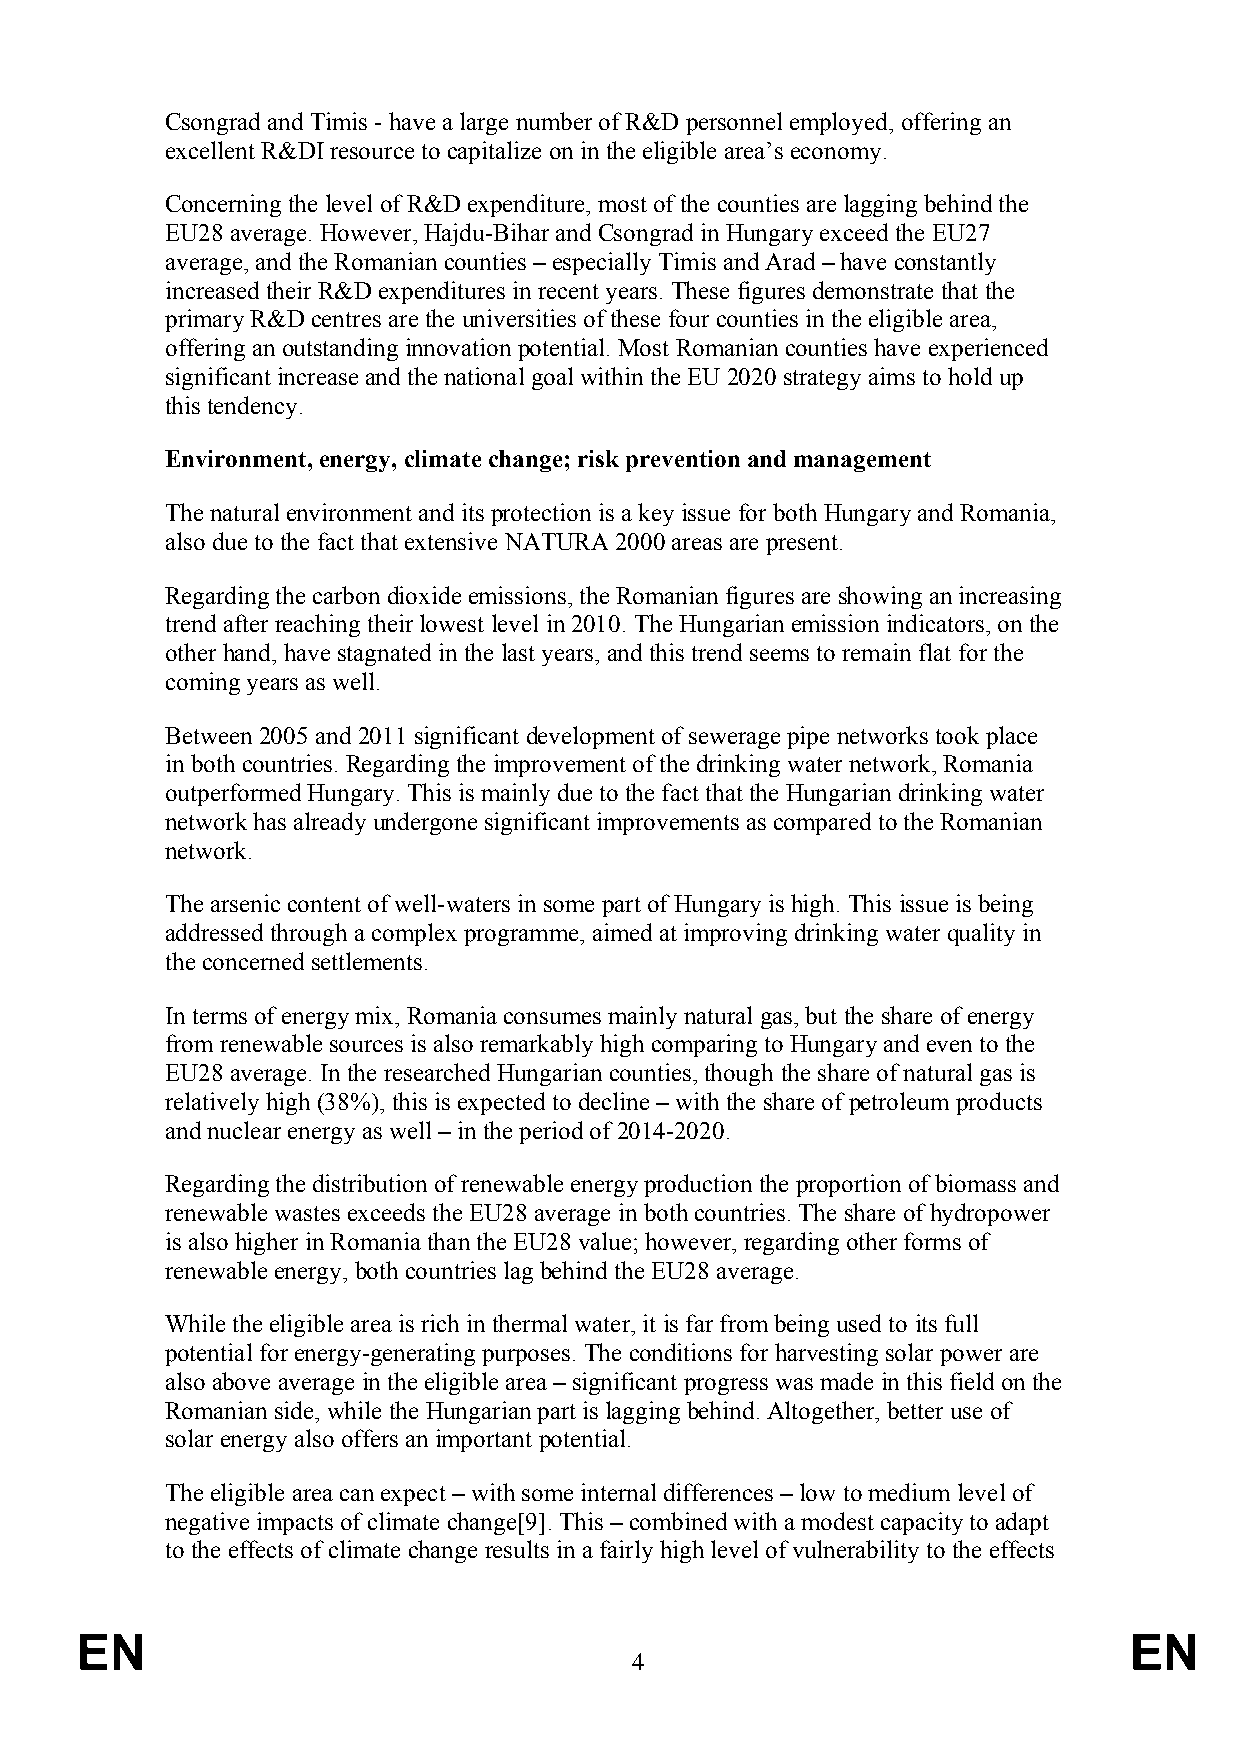
Csongrad and Timis - have a large number of R&D personnel employed, offering an
 excellent R&DI resource to capitalize on in the eligible area’s economy.
 Concerning the level of R&D expenditure, most of the counties are lagging behind the
 EU28 average. However, Hajdu-Bihar and Csongrad in Hungary exceed the EU27
 average, and the Romanian counties – especially Timis and Arad – have constantly
 increased their R&D expenditures in recent years. These figures demonstrate that the
 primary R&D centres are the universities of these four counties in the eligible area,
 offering an outstanding innovation potential. Most Romanian counties have experienced
 significant increase and the national goal within the EU 2020 strategy aims to hold up
 this tendency.
 Environment, energy, climate change; risk prevention and management
 The natural environment and its protection is a key issue for both Hungary and Romania,
 also due to the fact that extensive NATURA 2000 areas are present.
 Regarding the carbon dioxide emissions, the Romanian figures are showing an increasing
 trend after reaching their lowest level in 2010. The Hungarian emission indicators, on the
 other hand, have stagnated in the last years, and this trend seems to remain flat for the
 coming years as well.
 Between 2005 and 2011 significant development of sewerage pipe networks took place
 in both countries. Regarding the improvement of the drinking water network, Romania
 outperformed Hungary. This is mainly due to the fact that the Hungarian drinking water
 network has already undergone significant improvements as compared to the Romanian
 network.
 The arsenic content of well-waters in some part of Hungary is high. This issue is being
 addressed through a complex programme, aimed at improving drinking water quality in
 the concerned settlements.
 In terms of energy mix, Romania consumes mainly natural gas, but the share of energy
 from renewable sources is also remarkably high comparing to Hungary and even to the
 EU28 average. In the researched Hungarian counties, though the share of natural gas is
 relatively high (38%), this is expected to decline – with the share of petroleum products
 and nuclear energy as well – in the period of 2014-2020.
 Regarding the distribution of renewable energy production the proportion of biomass and
 renewable wastes exceeds the EU28 average in both countries. The share of hydropower
 is also higher in Romania than the EU28 value; however, regarding other forms of
 renewable energy, both countries lag behind the EU28 average.
 While the eligible area is rich in thermal water, it is far from being used to its full
 potential for energy-generating purposes. The conditions for harvesting solar power are
 also above average in the eligible area – significant progress was made in this field on the
 Romanian side, while the Hungarian part is lagging behind. Altogether, better use of
 solar energy also offers an important potential.
 The eligible area can expect – with some internal differences – low to medium level of
 negative impacts of climate change[9]. This – combined with a modest capacity to adapt
 to the effects of climate change results in a fairly high level of vulnerability to the effects
 EN                                                                    EN
 4